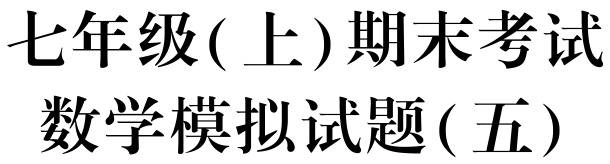
七年级(上)期末考试
数学模拟试题(五)